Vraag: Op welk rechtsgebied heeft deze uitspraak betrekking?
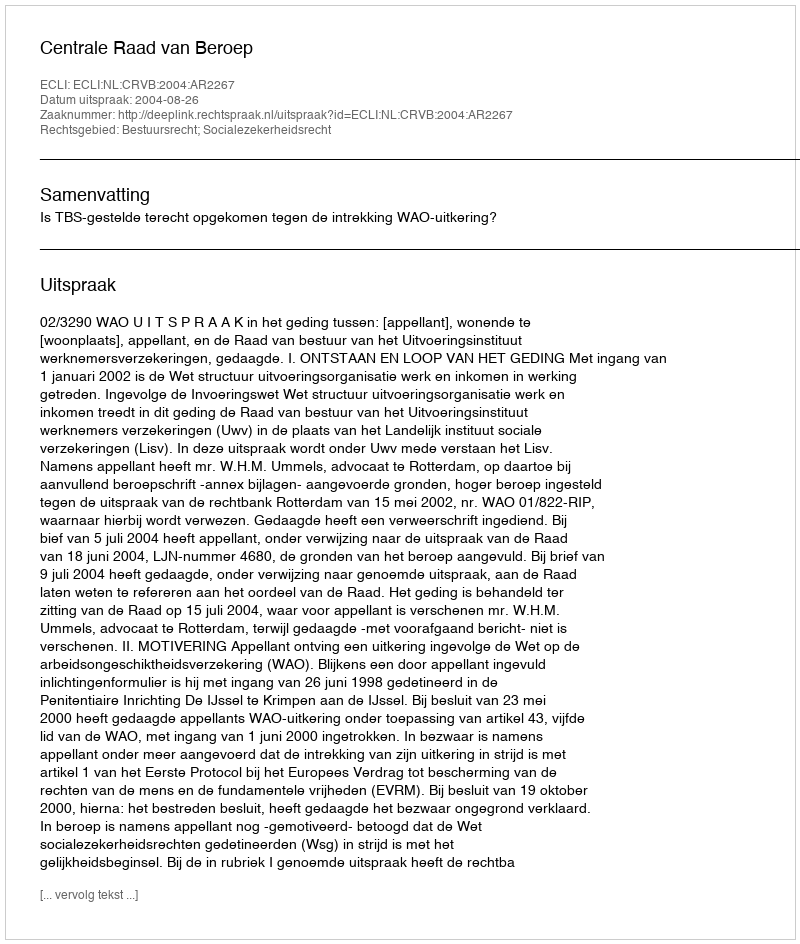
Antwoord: Bestuursrecht; Socialezekerheidsrecht